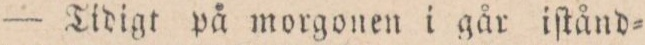
— Tidigt på morgonen i går iſtånd=